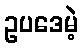
ဥပဒေမဲ့